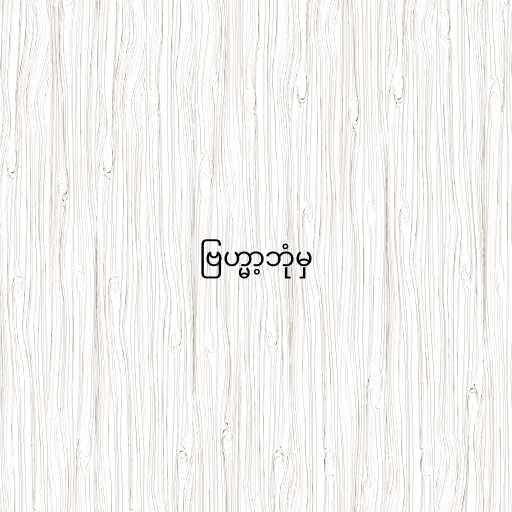
ဗြဟ္မာ့ဘုံမှ